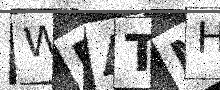
Text: WEATMH